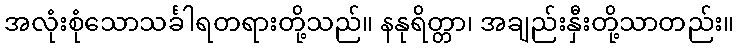
အလုံးစုံသောသင်္ခါရတရားတို့သည်။ နနုရိတ္တာ၊ အချည်းနှီးတို့သာတည်း။